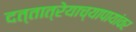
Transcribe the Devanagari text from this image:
दत्तात्रेयाच्यापायांवर